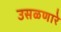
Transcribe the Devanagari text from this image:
उसळणारे